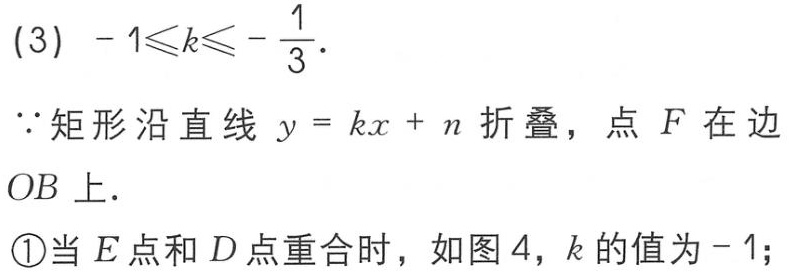
(3) \(-1\leqslant k\leqslant -\frac{1}{3}\).
\(\because\)矩形沿直线 \(y = kx + n\) 折叠，点 \(F\) 在边 \(OB\) 上.
\textcircled{1}当 \(E\) 点和 \(D\) 点重合时，如图 \(4\)，\(k\) 的值为 \(-1\);